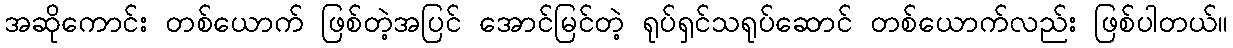
အဆိုကောင်း တစ်ယောက် ဖြစ်တဲ့အပြင် အောင်မြင်တဲ့ ရုပ်ရှင်သရုပ်ဆောင် တစ်ယောက်လည်း ဖြစ်ပါတယ်။